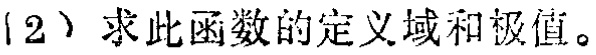
(2) 求此函数的定义域和极值。